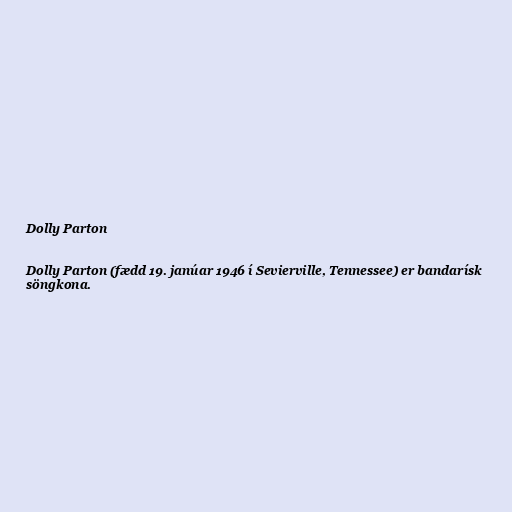
Dolly Parton

Dolly Parton (fædd 19. janúar 1946 í Sevierville, Tennessee) er bandarísk
söngkona.